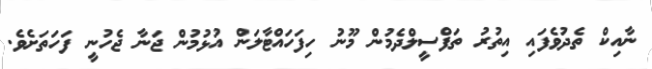
ނާއިކް ތެދުވެފައި އިތުރު ތަފްސީލްދެމުން މޫނު ހިފަހައްޓާލަން އުޅުމުން ޖަނާ ޖެހުނީ ފަހަތަށެވެ.